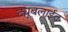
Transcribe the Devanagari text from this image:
ट्यूबलाईट